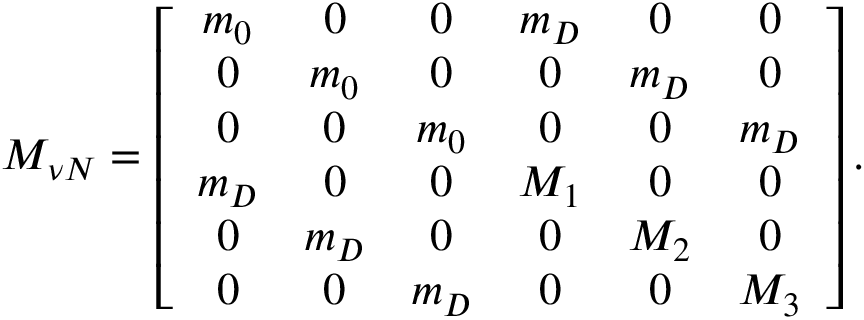
{ \cal M } _ { \nu N } = \left[ \begin{array} { c c c c c c } { { m _ { 0 } } } & { { 0 } } & { { 0 } } & { { m _ { D } } } & { { 0 } } & { { 0 } } \\ { { 0 } } & { { m _ { 0 } } } & { { 0 } } & { { 0 } } & { { m _ { D } } } & { { 0 } } \\ { { 0 } } & { { 0 } } & { { m _ { 0 } } } & { { 0 } } & { { 0 } } & { { m _ { D } } } \\ { { m _ { D } } } & { { 0 } } & { { 0 } } & { { M _ { 1 } } } & { { 0 } } & { { 0 } } \\ { { 0 } } & { { m _ { D } } } & { { 0 } } & { { 0 } } & { { M _ { 2 } } } & { { 0 } } \\ { { 0 } } & { { 0 } } & { { m _ { D } } } & { { 0 } } & { { 0 } } & { { M _ { 3 } } } \end{array} \right] .